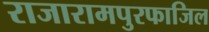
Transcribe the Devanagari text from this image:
राजारामपुरफाजिल